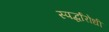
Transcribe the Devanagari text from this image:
स्पर्द्धारोधी